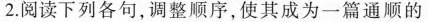
2.阅读下列各句,调整顺序,使其成为一篇通顺的